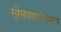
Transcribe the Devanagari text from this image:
सुरेलपणाबरोबरच